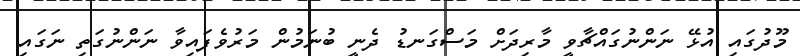
މޫދުގައި އުޅޭ ނަންނުގައްޗާވީ މާރިދަށް މަސްގަނޑު ދެނީ ބުނަމުން މަރުވެފައިވާ ނަންނުގަތި ނަގައި